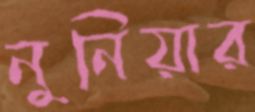
নুনিয়ার